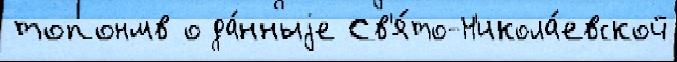
топонмв о да́нныjе Св'я́то-Н'икола́евской